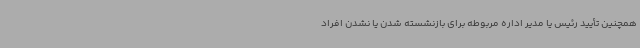
همچنین تأیید رئیس یا مدیر اداره مربوطه برای بازنشسته شدن یا نشدن افراد